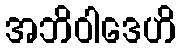
အဘိဝါဒေဟိ